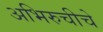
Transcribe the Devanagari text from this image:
अभिरुचीचे